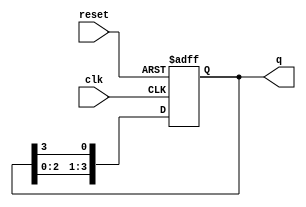
module binary_ring_counter (
    input wire clk,        // Clock input
    input wire reset,      // Reset input
    output reg [N-1:0] q   // Output of the counter
);
    parameter N = 4;       // Number of flip-flops (states)

    // Initial state
    initial begin
        q = 1; // Start with '0001'
    end

    // Sequential logic for the ring counter
    always @(posedge clk or posedge reset) begin
        if (reset) begin
            q <= 1; // Reset to '0001'
        end else begin
            q <= {q[N-2:0], q[N-1]}; // Shift left and wrap around
        end
    end
endmodule